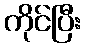
ကိုင်ပြီး